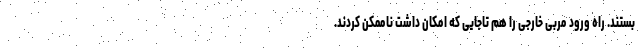
بستند. راه ورود مربی خارجی را هم تاجایی که امکان داشت ناممکن کردند.